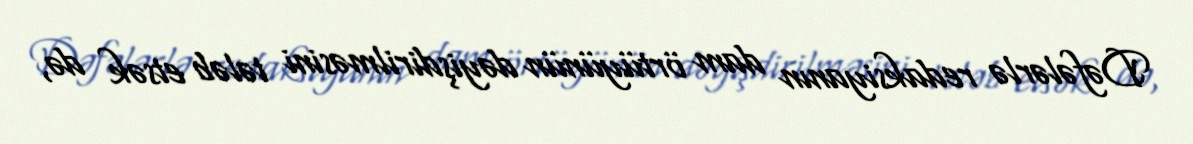
Dəfələrlə redaksiyanın dam örtüyünün dəyişdirilməsini tələb etsək də,